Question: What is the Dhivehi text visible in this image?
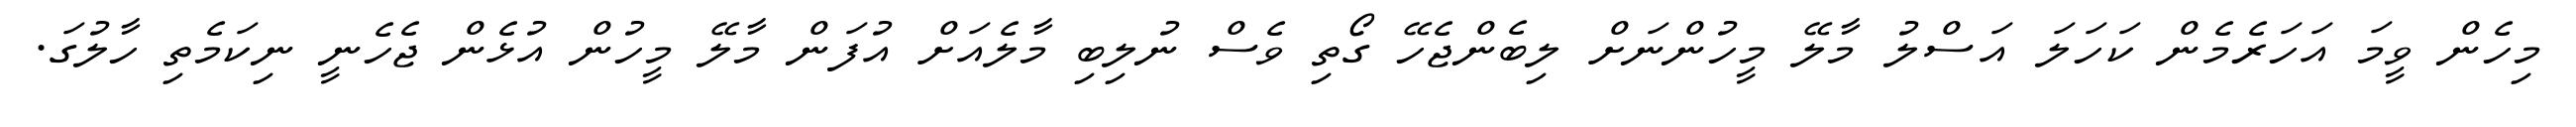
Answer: މިހެން ވީމަ އަހަރެމެން ކަހަލަ އަސްލު މާލޭ މީހުންނަށް ލިބެންޖެހޭ ގޯތި ވެސް ނުލިބި މާލެއަށް އުފަން މާލޭ މީހުން އުޅެން ޖެހެނީ ނިކަމެތި ހާލުގަ.